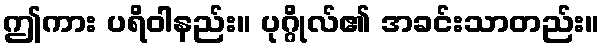
ဤကား ပရိဝါနည်း။ ပုဂ္ဂိုလ်၏ အခင်းသာတည်း။